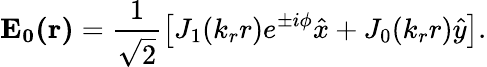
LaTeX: \mathbf{E_{0}(\mathbf{r})}=\frac{1}{\sqrt{2}}\left[J_{1}(k_{r}r)e^{\pm i\phi}\hat{x}+J_{0}(k_{r}r)\hat{y}\right].